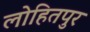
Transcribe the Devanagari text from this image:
लोहितपुर